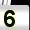
Digit: 5